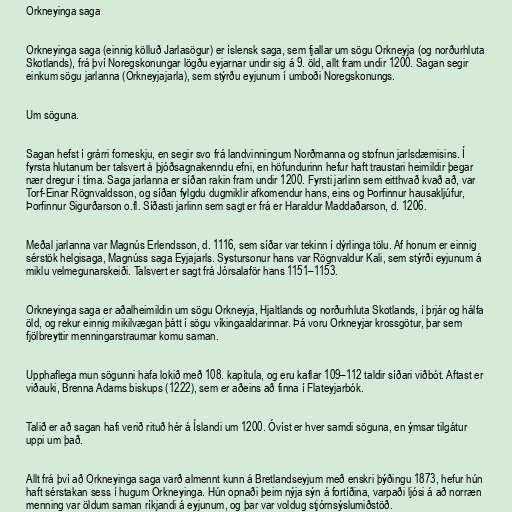
Orkneyinga saga

Orkneyinga saga (einnig kölluð Jarlasögur) er íslensk saga, sem fjallar um sögu Orkneyja (og norðurhluta
Skotlands), frá því Noregskonungar lögðu eyjarnar undir sig á 9. öld, allt fram undir 1200. Sagan segir
einkum sögu jarlanna (Orkneyjajarla), sem stýrðu eyjunum í umboði Noregskonungs.

Um söguna.

Sagan hefst í grárri forneskju, en segir svo frá landvinningum Norðmanna og stofnun jarlsdæmisins. Í
fyrsta hlutanum ber talsvert á þjóðsagnakenndu efni, en höfundurinn hefur haft traustari heimildir þegar
nær dregur í tíma. Saga jarlanna er síðan rakin fram undir 1200. Fyrsti jarlinn sem eitthvað kvað að, var
Torf-Einar Rögnvaldsson, og síðan fylgdu dugmiklir afkomendur hans, eins og Þorfinnur hausakljúfur,
Þorfinnur Sigurðarson o.fl. Síðasti jarlinn sem sagt er frá er Haraldur Maddaðarson, d. 1206.

Meðal jarlanna var Magnús Erlendsson, d. 1116, sem síðar var tekinn í dýrlinga tölu. Af honum er einnig
sérstök helgisaga, Magnúss saga Eyjajarls. Systursonur hans var Rögnvaldur Kali, sem stýrði eyjunum á
miklu velmegunarskeiði. Talsvert er sagt frá Jórsalaför hans 1151–1153.

Orkneyinga saga er aðalheimildin um sögu Orkneyja, Hjaltlands og norðurhluta Skotlands, í þrjár og hálfa
öld, og rekur einnig mikilvægan þátt í sögu víkingaaldarinnar. Þá voru Orkneyjar krossgötur, þar sem
fjölbreyttir menningarstraumar komu saman.

Upphaflega mun sögunni hafa lokið með 108. kapítula, og eru kaflar 109–112 taldir síðari viðbót. Aftast er
viðauki, Brenna Adams biskups (1222), sem er aðeins að finna í Flateyjarbók.

Talið er að sagan hafi verið rituð hér á Íslandi um 1200. Óvíst er hver samdi söguna, en ýmsar tilgátur
uppi um það.

Allt frá því að Orkneyinga saga varð almennt kunn á Bretlandseyjum með enskri þýðingu 1873, hefur hún
haft sérstakan sess í hugum Orkneyinga. Hún opnaði þeim nýja sýn á fortíðina, varpaði ljósi á að norræn
menning var öldum saman ríkjandi á eyjunum, og þar var voldug stjórnsýslumiðstöð.